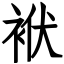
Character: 袱